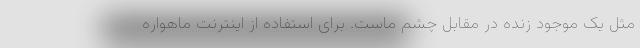
مثل یک موجود زنده در مقابل چشم ماست. برای استفاده از اینترنت ماهواره